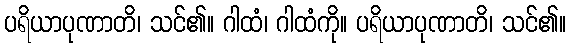
ပရိယာပုဏာတိ၊ သင်၏။ ဂါထံ၊ ဂါထံကို။ ပရိယာပုဏာတိ၊ သင်၏။